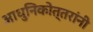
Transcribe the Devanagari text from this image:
आधुनिकोत्तरांनी